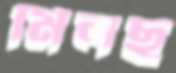
মিলছ